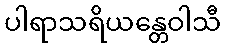
ပါရာသရိယန္တေဝါသီ